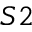
S 2